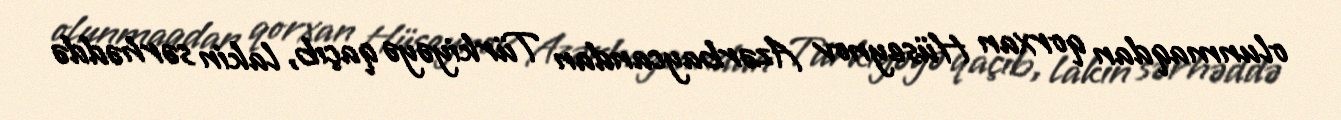
olunmaqdan qorxan Hüseynov Azərbaycandan Türkiyəyə qaçıb, lakin sərhəddə